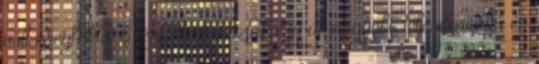
volt megfelelő. Ezért elhatározták egy új, nagyobb teljesítményű és